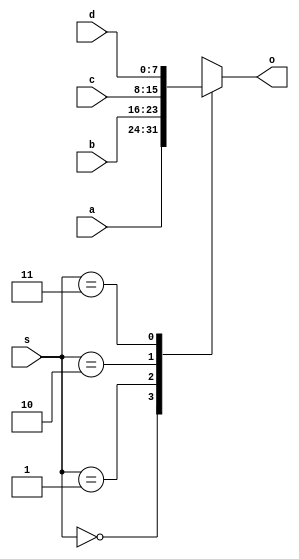
`timescale 1ns / 1ps
//////////////////////////////////////////////////////////////////////////////////
// Company: 
// Engineer: 
// 
// Design Name: 
// Module Name: three_x_one_mux
// Project Name: 
// Target Devices: 
// Tool Versions: 
// Description: 
// 
// Dependencies: 
// 
// Revision:
// Revision 0.01 - File Created
// Additional Comments:
// 
//////////////////////////////////////////////////////////////////////////////////


module three_x_one_mux(a,b,c,
                       d,
                       s,o);
input [1:0] s; input [7:0] a,b,c;
input [7:0] d;
output reg [7:0] o;
always @ *
begin
 case (s)
  2'b00: o=a;
  2'b01: o=b;
  2'b10: o=c;
  2'b11: o=d;
 endcase
end
endmodule